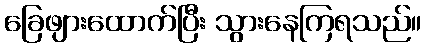
ခြေဖျားထောက်ပြီး သွားနေကြရသည်။